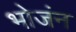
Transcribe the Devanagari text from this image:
भोजंन